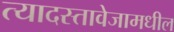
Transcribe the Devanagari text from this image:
त्यादस्तावेजामधील